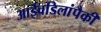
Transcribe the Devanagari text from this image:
आईवडिलांपैकी